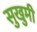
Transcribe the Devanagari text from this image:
सुखुमी